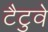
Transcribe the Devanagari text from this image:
टैटुवे